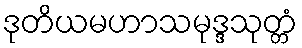
ဒုတိယမဟာသမုဒ္ဒသုတ္တံ